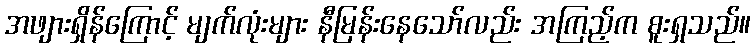
အဖျားရှိန်ကြောင့် မျက်လုံးများ နီမြန်းနေသော်လည်း အကြည့်က စူးရှသည်။